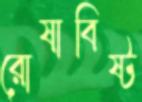
রোষাবিষ্ট